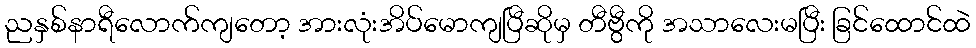
ညနှစ်နာရီလောက်ကျတော့ အားလုံးအိပ်မောကျပြီဆိုမှ တီဗွီကို အသာလေးမပြီး ခြင်ထောင်ထဲ